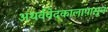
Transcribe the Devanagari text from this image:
अथर्ववेदकालापासून